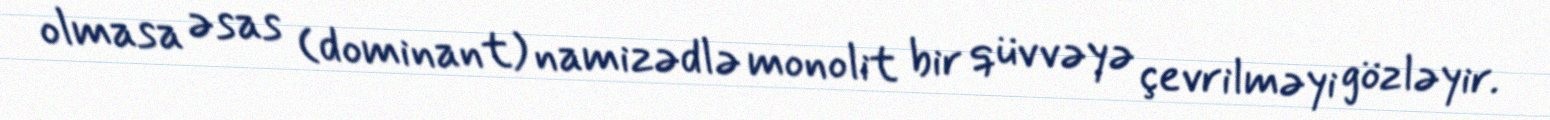
olmasa əsas (dominant) namizədlə monolit bir qüvvəyə çevrilməyi gözləyir.